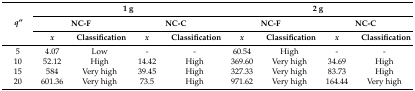
| <ROWSPAN=3> q′′ | <COLSPAN=4> 1 g | <COLSPAN=4> 2 g |
 | <COLSPAN=2> NC-F | <COLSPAN=2> NC-C | <COLSPAN=2> NC-F | <COLSPAN=2> NC-C |
 | x | Classification | x | Classification | x | Classification | x | Classification |
 | --- | --- | --- | --- | --- | --- | --- | --- | --- |
 | 5 | 4.07 | Low | - | - | 60.54 | High | - | - |
 | 10 | 52.12 | High | 14.42 | High | 369.60 | Very high | 34.69 | High |
 | 15 | 584 | Very high | 39.45 | High | 327.33 | Very high | 83.73 | High |
 | 20 | 601.36 | Very high | 73.5 | High | 971.62 | Very high | 164.44 | Very high |